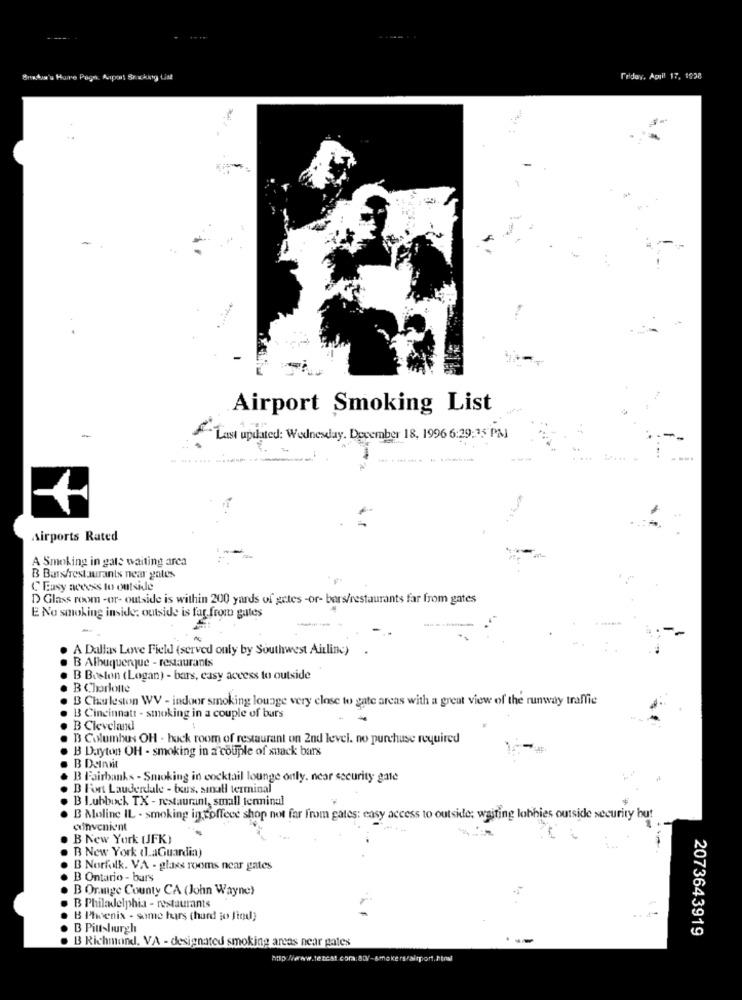
Brakum'a Huire Page. Asport Bracking till
friday, April 17, 1938
Airport Smoking List
Last updated: Wednesday, December 18, 1996 6:29:35 PM
sirports Rated
A Smoking in gats waiting area
B Bar/restaurants near gates
C Easy access to outside
D Glass room -or- outside is within 200 yards of getes -or- bars/restaurants far from gates
E No smoking inside: outside is far from gutes
A Dallas Love Field (served only by Southwest Airline)
B Albuquerque - restaurants
B Boston (Logan) - bars, easy access to outside
B Charlotte
B Charleston WV - indoor smoking lounge very close to gate areas with a great view of the runway traffic
B3 Cincinnati - smoking in a couple of burs
B Cleveland
B Columbus OH - back room of restaurant on 2nd level. no purchase required
B Dayton OH - smoking in a couple of snack bars
B Deinnit
B Fairbanks - Smoking in cocktail lounge only, near security gate
B Fort Lauderdale - beurs, sınall terminal
B Lubbock TX - restaurant, small terminal
B Moline IL - smoking in coffeee shop not far from gates: easy access to outside; waiting lobbies outside security but
amvenient
B New York (JFK)
B New York (LaGuardia)
B Norfolk. VA - glass rooms near gates
B Ontario - bars
B Orange County CA (John Wayne)
. B Philadelphia - restaurants
. B Phoenix - some hrs (hard to find}
B Pittsburgh
2073643919
B Richmond. VA - designated smoking areas near gates